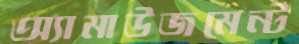
অ্যামাউজমেন্ট